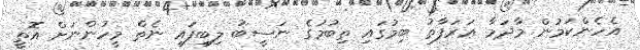
އެހެންކަމުން މާދަމާ ޢަރަފާތު ބިމުގައި ތިބުމުގެ ނަސީބު ލިބިފައި ނެތް މީހުންނަށް އޮތީ